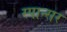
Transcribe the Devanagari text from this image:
स्पान्सर